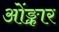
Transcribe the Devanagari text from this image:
ओंङ्कार